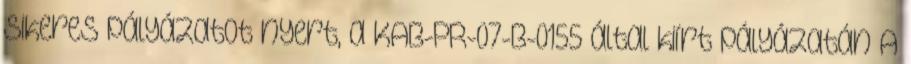
sikeres pályázatot nyert, a KAB-PR-07-B-0155 által kiírt pályázatán A